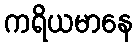
ကရိယမာနေ